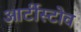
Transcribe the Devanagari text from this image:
आर्टीस्टोव